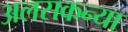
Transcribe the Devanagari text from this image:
अलसकन्या